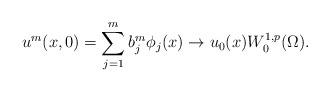
LaTeX: \begin{align*}u^m(x,0)=\sum_{j=1}^{m}b_j^m\phi_j(x)\to u_0(x)W_0^{1,p}(\Omega).\end{align*}